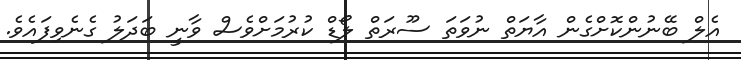
އެލް ބޭނުންކޮށްގެން އާޔަތް ނުވަތަ ސޫރަތް ލޯޑް ކުރުމަށްވެސް ވާނީ ބަދަލު ގެނެވިފައެވެ.